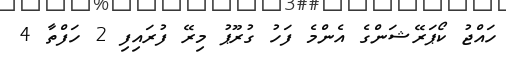
ހައްޖު ކޯޕަރޭޝަންގެ އެންމެ ފަހު ގުރޫޕު މިރޭ ފުރައިފި 2 ހަފްތާ 4